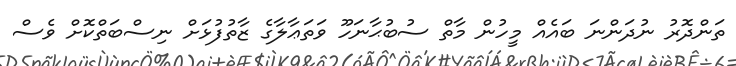
ތަންދޮރު ނުދަންނަ ބައެއް މީހުން މާތް ސުބުޙާނަހޫ ވަތަޢާލާގެ ޒާތުފުޅަށް ނިސްބަތްކޮށް ވެސް